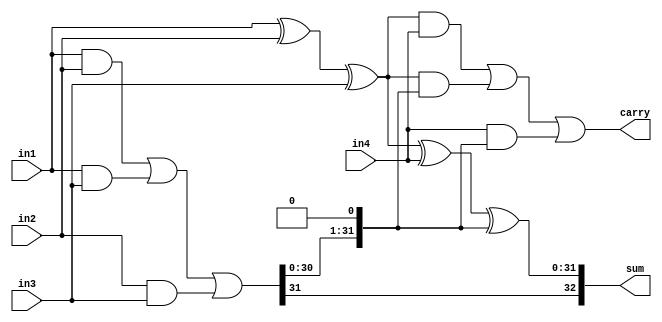
//-------------------------------------------------
// [GIT2PVC INFO] 
// * BRANCH : vpu-next
// * SHA1 ID: 5499113acb4337f25811c177535e68a9fc523d7d
//-------------------------------------------------

module kv_csa4_2 (
    // VPERL: &PORTLIST
    // VPERL_GENERATED_BEGIN
    	  in1,      
    	  in2,      
    	  in3,      
    	  in4,      
    	  sum,      
    	  carry     
    // VPERL_GENERATED_END
);

parameter   CSA_WIDTH = 32;

input   [CSA_WIDTH-1:0] in1;
input   [CSA_WIDTH-1:0] in2;
input   [CSA_WIDTH-1:0] in3;
input   [CSA_WIDTH-1:0] in4;

output  [CSA_WIDTH  :0] sum;
output  [CSA_WIDTH-1:0] carry;

wire    [CSA_WIDTH-1:0] carry_tmp;

assign carry_tmp = (in1 & in2) | (in1 & in3) | (in2 & in3);
assign sum       = {carry_tmp[CSA_WIDTH-1], in1 ^ in2 ^ in3 ^ in4 ^ {carry_tmp[CSA_WIDTH-2:0], 1'b0}};
assign carry     = ((in1 ^ in2 ^ in3) & in4) | ((in1 ^ in2 ^ in3) & {carry_tmp[CSA_WIDTH-2:0], 1'b0}) | (in4 & {carry_tmp[CSA_WIDTH-2:0], 1'b0});

endmodule